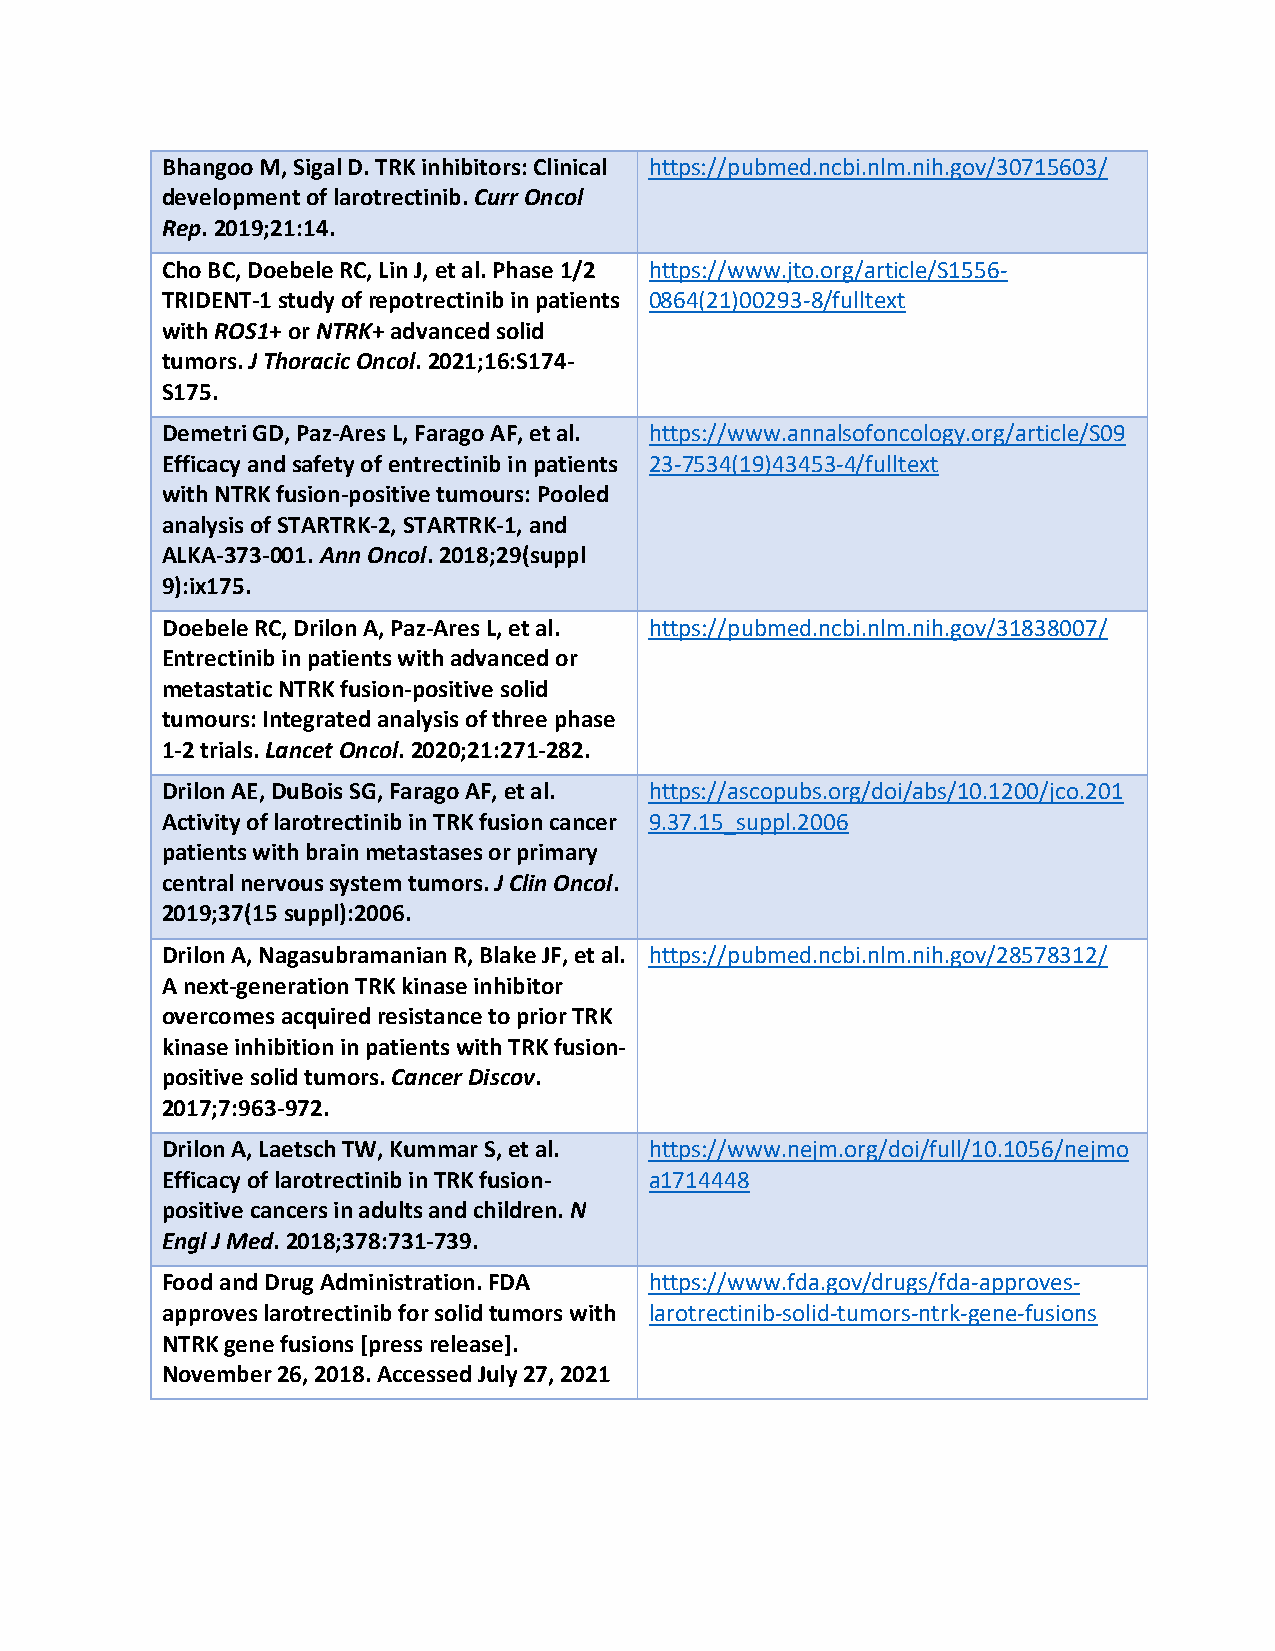
Bhangoo M, Sigal D. TRK inhibitors: Clinical https://pubmed.ncbi.nlm.nih.gov/30715603/
 development of larotrectinib. Curr Oncol
 Rep. 2019;21:14.
 Cho BC, Doebele RC, Lin J, et al. Phase 1/2 https://www.jto.org/article/S1556‐
 TRIDENT‐1 study of repotrectinib in patients 0864(21)00293‐8/fulltext
 with ROS1+ or NTRK+ advanced solid
 tumors. J Thoracic Oncol. 2021;16:S174‐
 S175.
 Demetri GD, Paz‐Ares L, Farago AF, et al. https://www.annalsofoncology.org/article/S09
 Efficacy and safety of entrectinib in patients 23‐7534(19)43453‐4/fulltext
 with NTRK fusion‐positive tumours: Pooled
 analysis of STARTRK‐2, STARTRK‐1, and
 ALKA‐373‐001. Ann Oncol. 2018;29(suppl
 9):ix175.
 Doebele RC, Drilon A, Paz‐Ares L, et al. https://pubmed.ncbi.nlm.nih.gov/31838007/
 Entrectinib in patients with advanced or
 metastatic NTRK fusion‐positive solid
 tumours: Integrated analysis of three phase
 1‐2 trials. Lancet Oncol. 2020;21:271‐282.
 Drilon AE, DuBois SG, Farago AF, et al. https://ascopubs.org/doi/abs/10.1200/jco.201
 Activity of larotrectinib in TRK fusion cancer 9.37.15_suppl.2006
 patients with brain metastases or primary
 central nervous system tumors. J Clin Oncol.
 2019;37(15 suppl):2006.
 Drilon A, Nagasubramanian R, Blake JF, et al. https://pubmed.ncbi.nlm.nih.gov/28578312/
 A next‐generation TRK kinase inhibitor
 overcomes acquired resistance to prior TRK
 kinase inhibition in patients with TRK fusion‐
 positive solid tumors. Cancer Discov.
 2017;7:963‐972.
 Drilon A, Laetsch TW, Kummar S, et al. https://www.nejm.org/doi/full/10.1056/nejmo
 Efficacy of larotrectinib in TRK fusion‐ a1714448
 positive cancers in adults and children. N
 Engl J Med. 2018;378:731‐739.
 Food and Drug Administration. FDA https://www.fda.gov/drugs/fda‐approves‐
 approves larotrectinib for solid tumors with larotrectinib‐solid‐tumors‐ntrk‐gene‐fusions
 NTRK gene fusions [press release].
 November 26, 2018. Accessed July 27, 2021